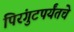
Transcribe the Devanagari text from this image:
पिरंगुटपर्यंतचे